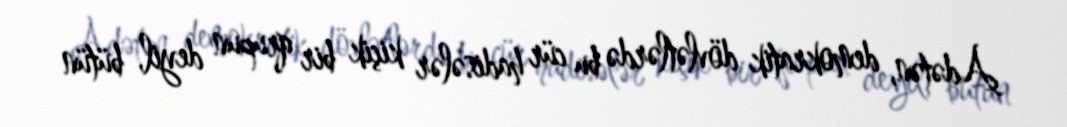
Adətən, demokratik dövlətlərdə bu cür hadisələr kiçik bir qrupun deyil, bütün